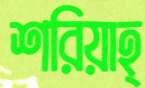
শরিয়াহ্